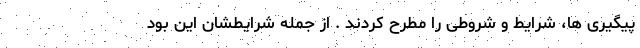
پیگیری ها، شرایط و شروطی را مطرح کردند . از جمله شرایطشان این بود